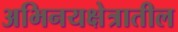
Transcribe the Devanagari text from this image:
अभिनयक्षेत्रातील